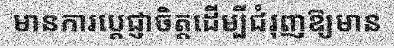
មានការប្តេជ្ញាចិត្តដើម្បីជំរុញឱ្យមាន